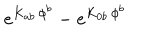
e ^ { K _ { a b } \, \phi ^ { b } } - e ^ { K _ { 0 b } \, \phi ^ { b } }